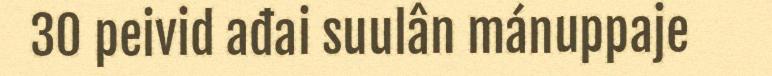
30 peivid ađai suulân mánuppaje